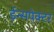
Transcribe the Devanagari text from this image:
ईन्सपेक्टर